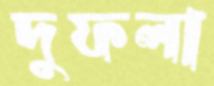
দুফলা